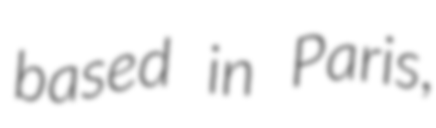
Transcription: based in Paris,